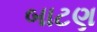
બાટણ